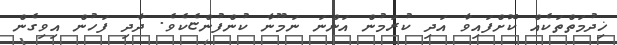
ޚިދުމަތްތަކެއް ކޮށްފައިވާ އަދި ކުރަމުން އަންނަ ނަމޫނާ ކުންފުންޏެކެވެ. ދާދި ފަހުން އިވިގެން